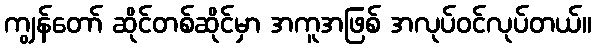
ကျွန်တော် ဆိုင်တစ်ဆိုင်မှာ အကူအဖြစ် အလုပ်ဝင်လုပ်တယ်။